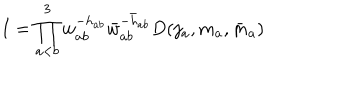
I = \prod _ { a < b } ^ { 3 } w _ { a b } ^ { - h _ { a b } } \bar { w } _ { a b } ^ { - \bar { h } _ { a b } } D ( j _ { a } , m _ { a } , \bar { m } _ { a } )